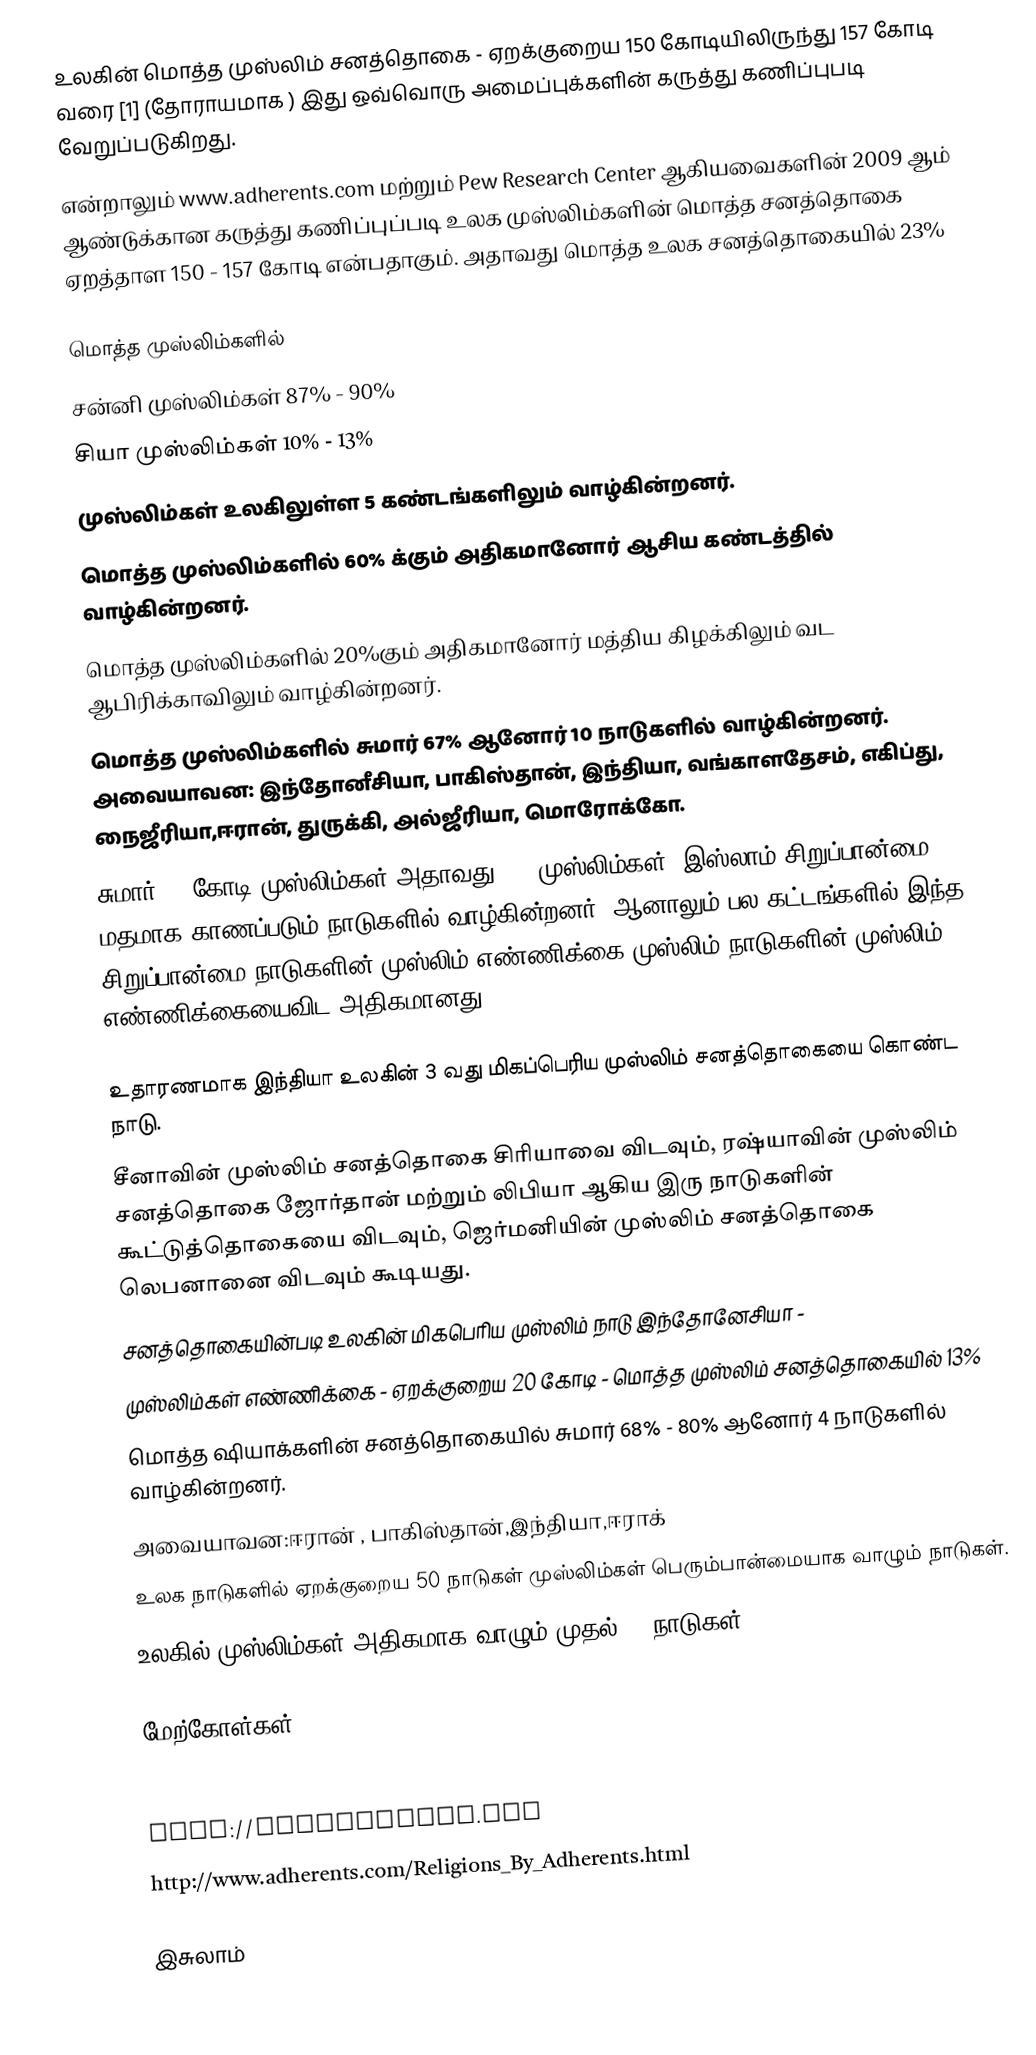
உலகின் மொத்த முஸ்லிம் சனத்தொகை -  ஏறக்குறைய 150 கோடியிலிருந்து 157 கோடி வரை [1] (தோராயமாக ) இது ஒவ்வொரு அமைப்புக்களின் கருத்து கணிப்புபடி வேறுப்படுகிறது.
என்றாலும் www.adherents.com மற்றும் Pew Research Center ஆகியவைகளின் 2009 ஆம் ஆண்டுக்கான கருத்து கணிப்புப்படி உலக முஸ்லிம்களின் மொத்த சனத்தொகை ஏறத்தாள 150 -  157 கோடி என்பதாகும். அதாவது மொத்த உலக சனத்தொகையில் 23%

மொத்த முஸ்லிம்களில்
 சன்னி முஸ்லிம்கள்  87% - 90%
 சியா முஸ்லிம்கள்   10% - 13%
 முஸ்லிம்கள் உலகிலுள்ள 5 கண்டங்களிலும் வாழ்கின்றனர்.
 மொத்த முஸ்லிம்களில் 60% க்கும் அதிகமானோர் ஆசிய கண்டத்தில் வாழ்கின்றனர்.
 மொத்த முஸ்லிம்களில் 20%கும்  அதிகமானோர் மத்திய கிழக்கிலும் வட ஆபிரிக்காவிலும் வாழ்கின்றனர்.
 மொத்த முஸ்லிம்களில் சுமார் 67% ஆனோர் 10 நாடுகளில் வாழ்கின்றனர். அவையாவன: இந்தோனீசியா, பாகிஸ்தான், இந்தியா, வங்காளதேசம், எகிப்து, நைஜீரியா,ஈரான், துருக்கி, அல்ஜீரியா, மொரோக்கோ.
 சுமார் 31 கோடி முஸ்லிம்கள் அதாவது 20% முஸ்லிம்கள், இஸ்லாம் சிறுப்பான்மை மதமாக காணப்படும் நாடுகளில் வாழ்கின்றனர். ஆனாலும் பல கட்டங்களில் இந்த சிறுப்பான்மை நாடுகளின் முஸ்லிம் எண்ணிக்கை முஸ்லிம் நாடுகளின் முஸ்லிம் எண்ணிக்கையைவிட  அதிகமானது.

 உதாரணமாக இந்தியா உலகின் 3 வது மிகப்பெரிய முஸ்லிம் சனத்தொகையை கொண்ட நாடு.
சீனாவின் முஸ்லிம் சனத்தொகை சிரியாவை விடவும், ரஷ்யாவின் முஸ்லிம் சனத்தொகை ஜோர்தான் மற்றும் லிபியா ஆகிய இரு நாடுகளின் கூட்டுத்தொகையை விடவும், ஜெர்மனியின் முஸ்லிம் சனத்தொகை லெபனானை விடவும் கூடியது.
 சனத்தொகையின்படி உலகின் மிகபெரிய முஸ்லிம் நாடு இந்தோனேசியா -
   முஸ்லிம்கள் எண்ணிக்கை - ஏறக்குறைய 20 கோடி -  மொத்த முஸ்லிம் சனத்தொகையில் 13%
 மொத்த ஷியாக்களின் சனத்தொகையில் சுமார் 68% - 80% ஆனோர் 4 நாடுகளில் வாழ்கின்றனர்.
   அவையாவன:ஈரான் , பாகிஸ்தான்,இந்தியா,ஈராக்
 உலக நாடுகளில் ஏறக்குறைய 50 நாடுகள் முஸ்லிம்கள் பெரும்பான்மையாக வாழும் நாடுகள்.
 உலகில் முஸ்லிம்கள் அதிகமாக வாழும் முதல் 10 நாடுகள்:

மேற்கோள்கள்

Mail of Islam
http://pewresearch.org
http://www.adherents.com/Religions_By_Adherents.html

இசுலாம்